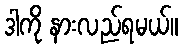
ဒါကို နားလည်ရမယ်။